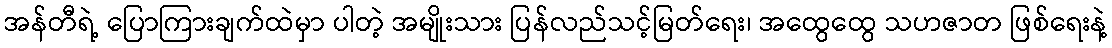
အန်တီရဲ့ ပြောကြားချက်ထဲမှာ ပါတဲ့ အမျိုးသား ပြန်လည်သင့်မြတ်ရေး၊ အထွေထွေ သဟဇာတ ဖြစ်ရေးနဲ့